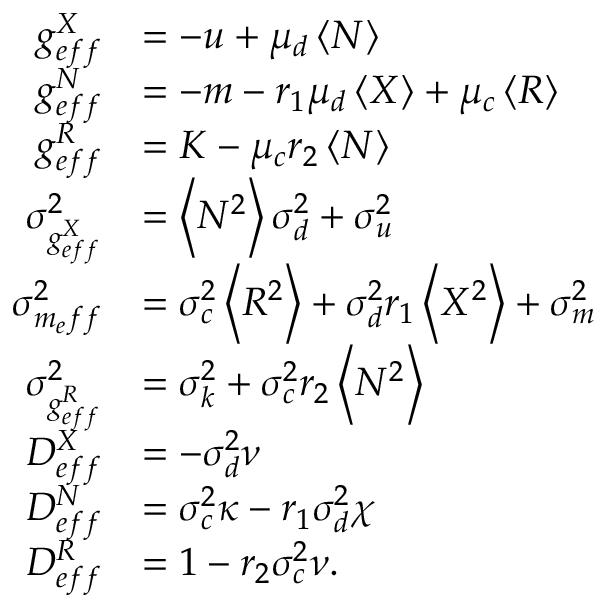
\begin{array} { r l } { g _ { e f f } ^ { X } } & { = - u + \mu _ { d } \left< N \right> } \\ { g _ { e f f } ^ { N } } & { = - m - r _ { 1 } \mu _ { d } \left< X \right> + \mu _ { c } \left< R \right> } \\ { g _ { e f f } ^ { R } } & { = K - \mu _ { c } r _ { 2 } \left< N \right> } \\ { \sigma _ { g _ { e f f } ^ { X } } ^ { 2 } } & { = \left< N ^ { 2 } \right> \sigma _ { d } ^ { 2 } + \sigma _ { u } ^ { 2 } } \\ { \sigma _ { m _ { e } f f } ^ { 2 } } & { = \sigma _ { c } ^ { 2 } \left< R ^ { 2 } \right> + \sigma _ { d } ^ { 2 } { r _ { 1 } } \left< X ^ { 2 } \right> + \sigma _ { m } ^ { 2 } } \\ { \sigma _ { g _ { e f f } ^ { R } } ^ { 2 } } & { = \sigma _ { k } ^ { 2 } + \sigma _ { c } ^ { 2 } { r _ { 2 } } \left< N ^ { 2 } \right> } \\ { D _ { e f f } ^ { X } } & { = - \sigma _ { d } ^ { 2 } \nu } \\ { D _ { e f f } ^ { N } } & { = \sigma _ { c } ^ { 2 } \kappa - r _ { 1 } \sigma _ { d } ^ { 2 } \chi } \\ { D _ { e f f } ^ { R } } & { = 1 - r _ { 2 } \sigma _ { c } ^ { 2 } \nu . } \end{array}